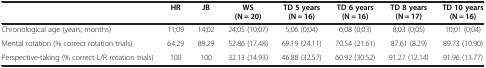
|  | HR | JB | WS (N = 20) | TD 5 years (N = 16) | TD 6 years (N = 16) | TD 8 years (N = 17) | TD 10 years (N = 16) |
 | --- | --- | --- | --- | --- | --- | --- | --- |
 | Chronological age (years; months) | 11;09 | 14;02 | 24;05 (10;07) | 5;06 (0;04) | 6;08 (0;03) | 8;03 (0;05) | 10;01 (0;04) |
 | Mental rotation (% correct rotation trials) | 64.29 | 89.29 | 52.86 (17.48) | 69.19 (24.11) | 70.54 (21.61) | 87.61 (8.29) | 89.73 (10.90) |
 | Perspective-taking (% correct L/R rotation trials) | 100 | 100 | 32.13 (14.93) | 46.88 (32.57) | 60.92 (30.52) | 91.27 (12.14) | 91.96 (13.77) |